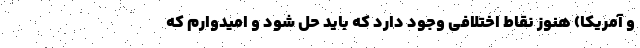
و آمریکا) هنوز نقاط اختلافی وجود دارد که باید حل شود و امیدوارم که